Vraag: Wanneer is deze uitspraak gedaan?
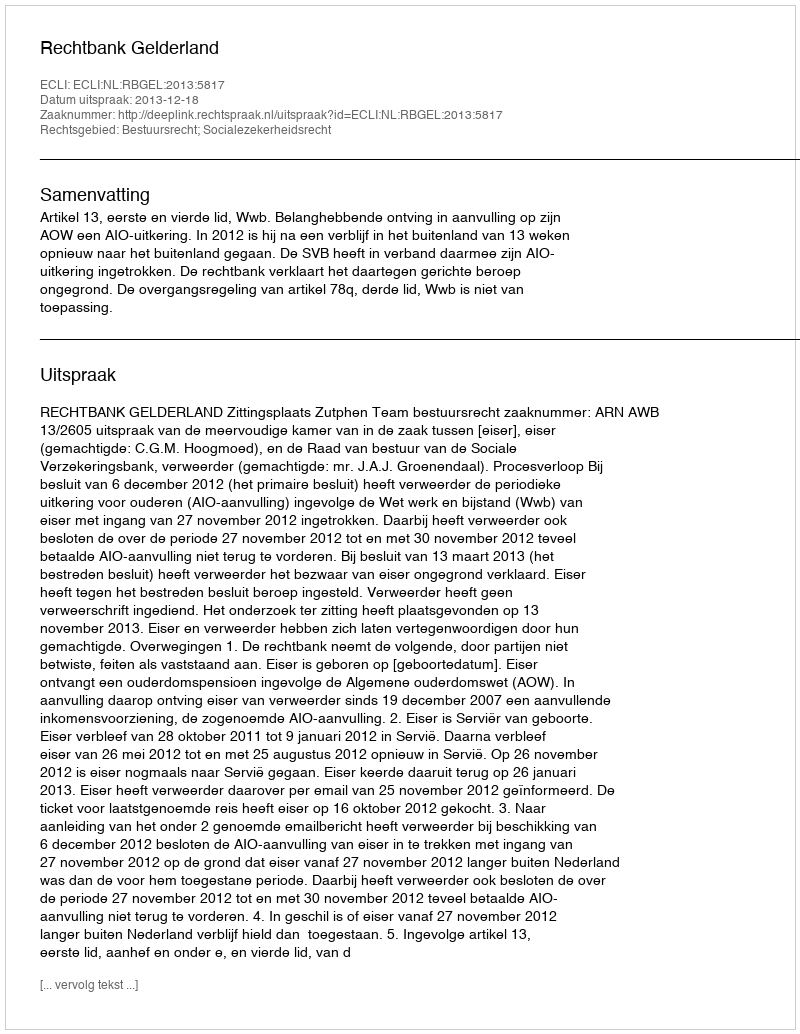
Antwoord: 2013-12-18